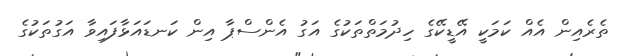
ތެރެއިން އެއް ކަމަކީ އޭޑީކޭގެ ހިދުމަތްތަކުގެ އަގު އެންސްޕާ އިން ކަނޑައަޅާފައިވާ އަގުތަކުގެ